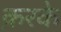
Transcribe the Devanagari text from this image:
क़रके